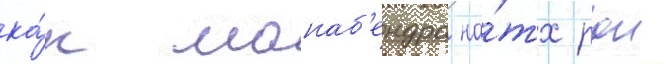
ка́к манаб'ендра на́тх рои